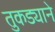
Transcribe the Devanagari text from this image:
तुकड्याने